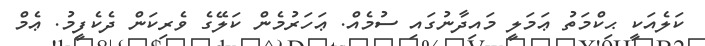
ކަލެއަކީ ޙިކްމަތު ޢަމަލީ މައިދާނުގައި ސުމެއް. ޢަހަރުމެން ކަލޭގެ ވެރިކަން ދެކެފީމު. ޢެމް